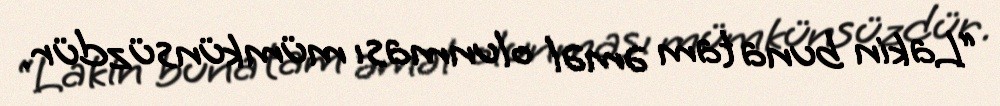
“Lakin buna tam əməl olunması mümkünsüzdür.